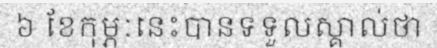
៦ ខែកុម្ភៈនេះបានទទួលស្គាល់ថា